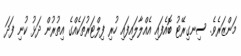
މަންޒަރެވެ. ސިނގިރޭޓު ބޮއެފައި އެއްލާލައިފައި ހުރި ފިލްޓަރުތަކެއްގެ އިތުރުން ދަޅު ކުނި ފަދަ